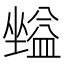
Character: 𡒪